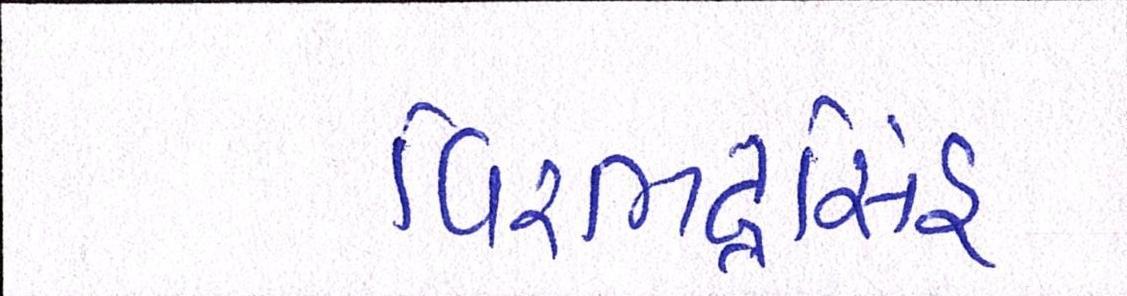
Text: વિરભદ્રસિંહ